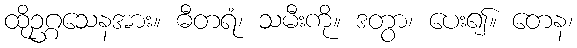
ထိုဥဂ္ဂသေနအား။ ဓီတရံ၊ သမီးကို။ ဒတွာ၊ ပေး၍။ တေန၊